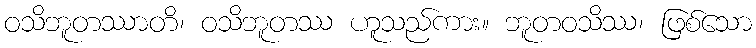
ဝသိဘူတဿာတိ၊ ဝသိဘူတဿ ဟူသည်ကား။ ဘူတဝသိဿ၊ ဖြစ်သော